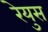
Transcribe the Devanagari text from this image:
रेयुस